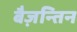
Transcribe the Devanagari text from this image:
बैज़न्तिन